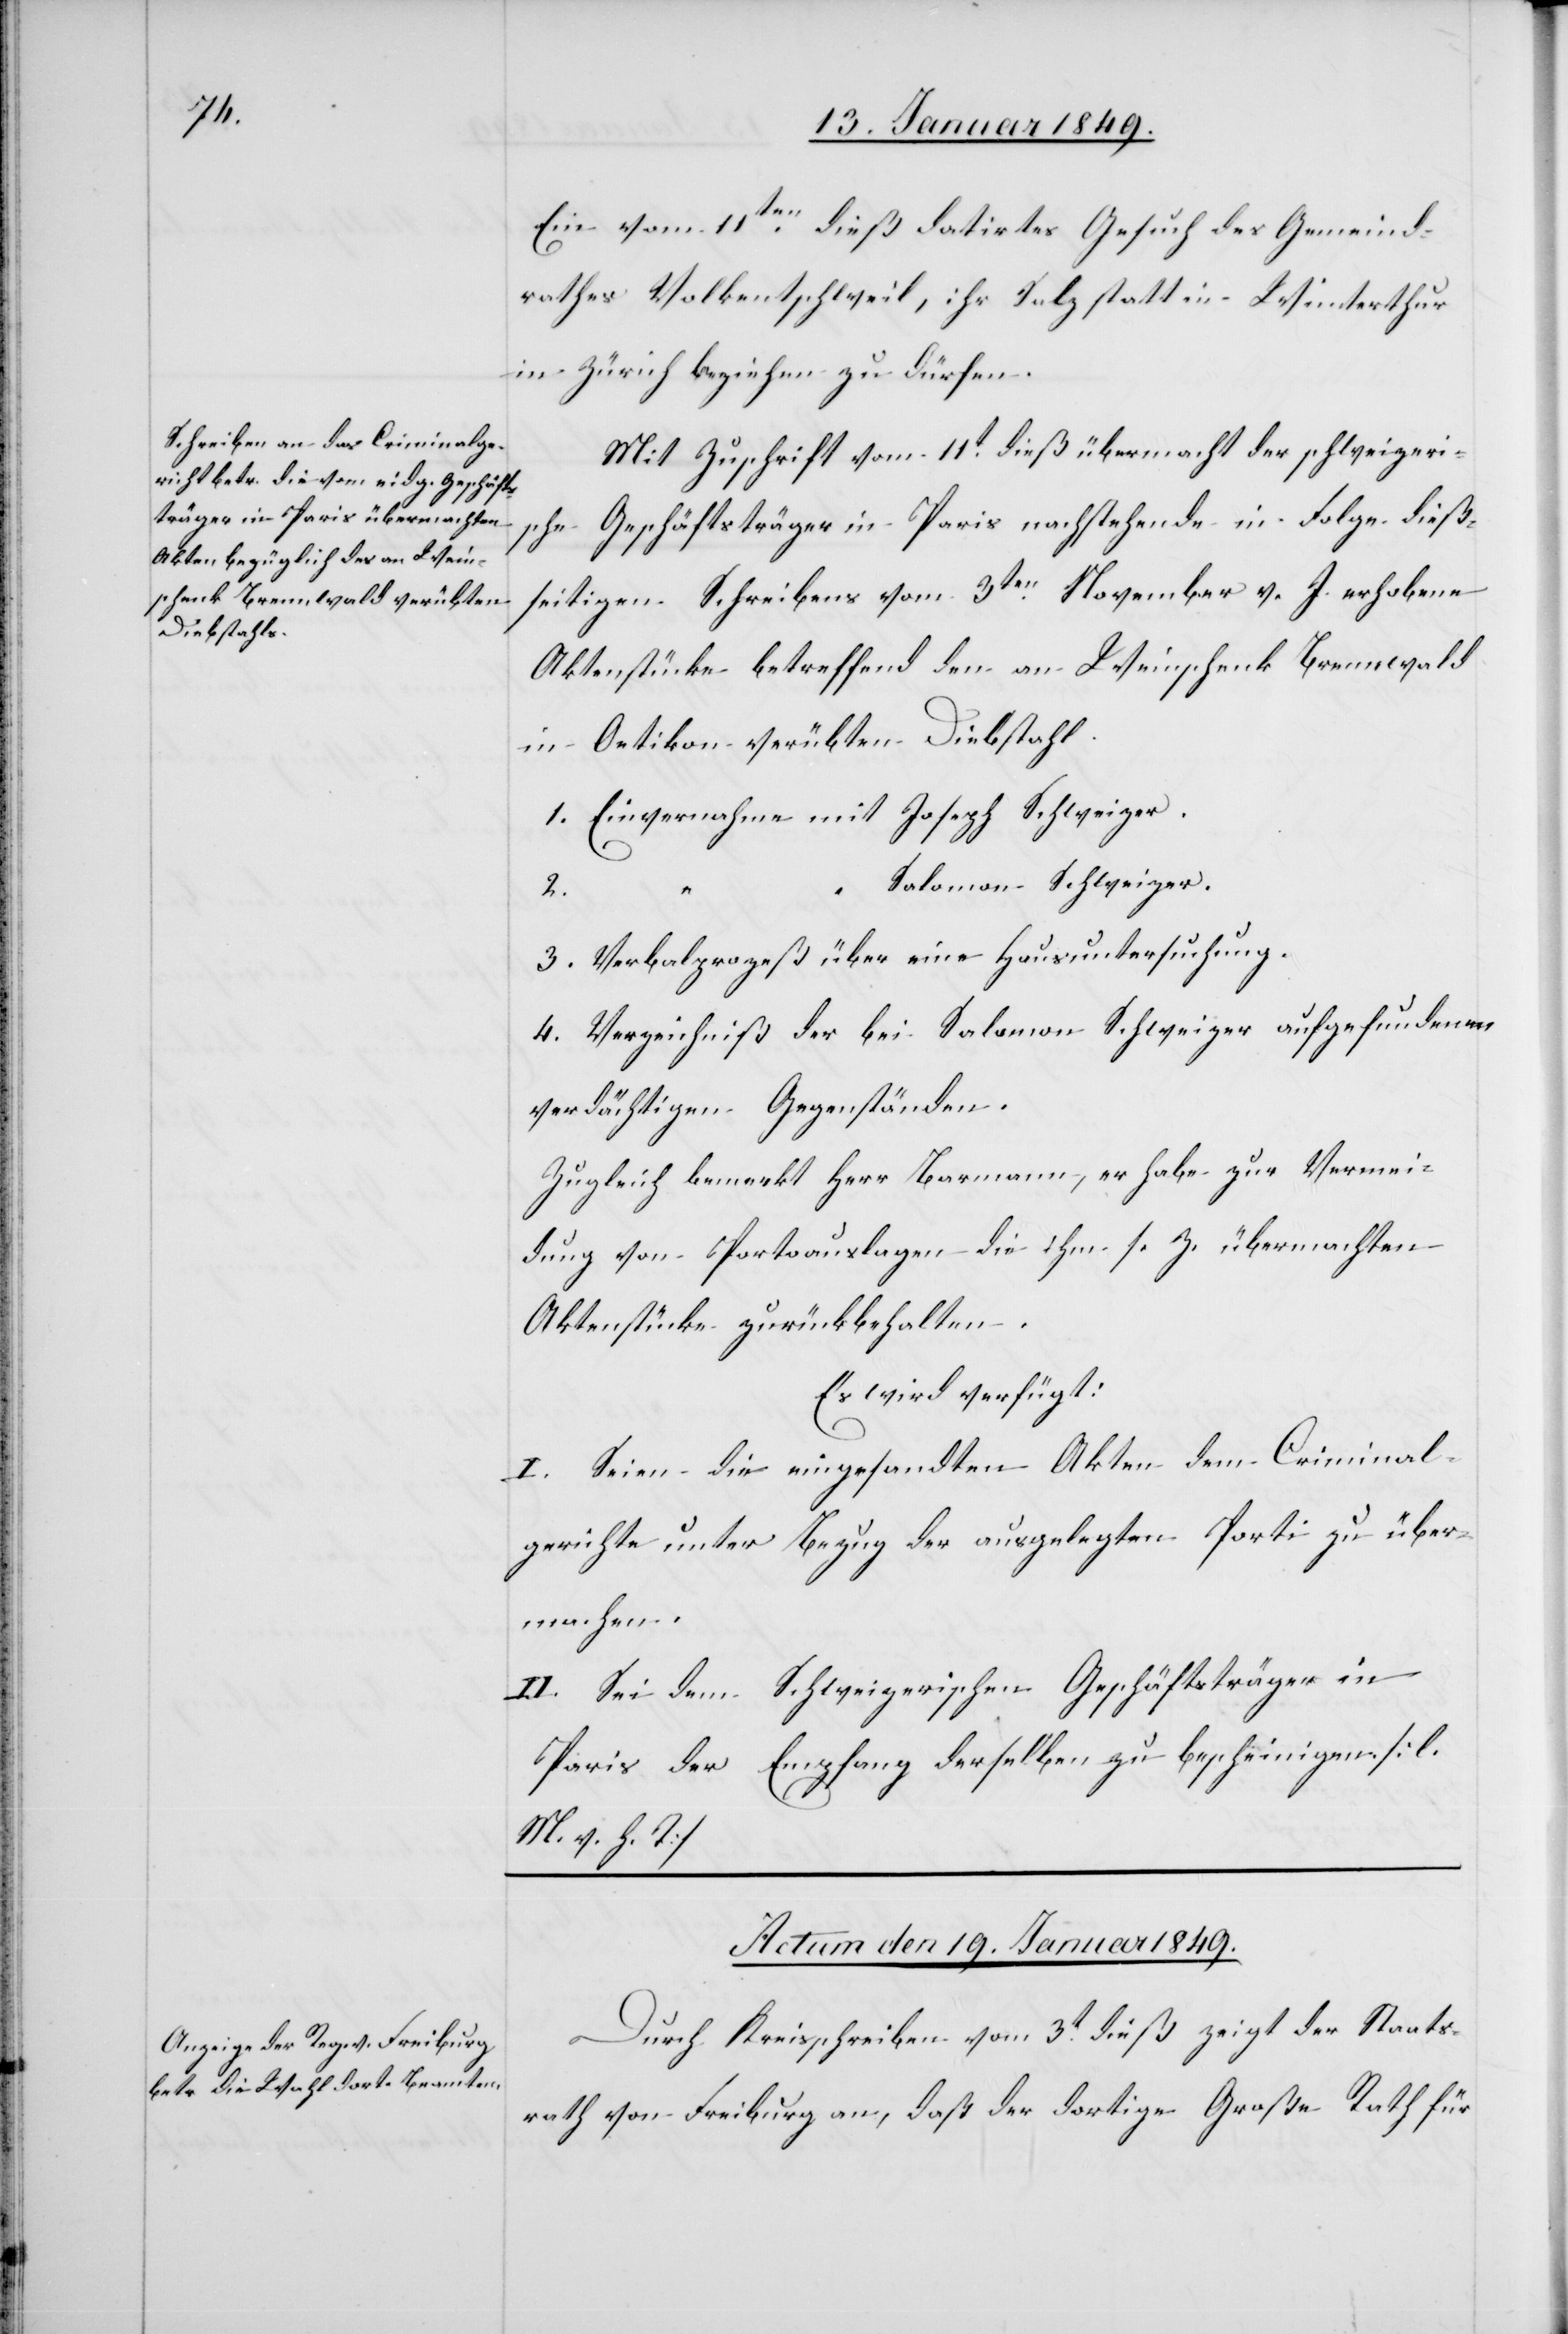
Ein vom 11ten. dieß datirtes Gesuch des Gemeind¬
rathes Volkentschweil, ihr Salz statt in Winterthur
in Zürich beziehen zu dürfen.
Mit Zuschrift vom 11t. dieß übermacht der schweizeri¬
sche Geschäftsträger in Paris nachstehende in Folge dieß¬
seitigen Schreibens vom 3ten. November v. J. erhobene
Aktenstücke betreffend den an Weinschenk Brennwald
in Oetikon verübten Diebstahl.
1. Einvernahme mit Jospeh Schweizer.
“ Salomon Schweizer.
2.
3. Verbalprozeß über eine Hausuntersuchung.
4. Verzeichniß der bei Salomon Schweizer aufgefundenen
verdächtigen Gegenständen.
Zugleich bemerkt Herr Barmann, er habe zur Vermei¬
dung von Portoauslagen die ihm s. Z. übermachten
Aktenstücke zurückbehalten.
Es wird verfügt:
I. Seien die eingesandten Akten dem Criminal¬
gerichte unter Bezug der ausgelegten Porti zu über¬
machen.
II. Sei dem Schweizerischen Geschäftsträger in
Paris der Empfang derselben zu bescheinigen. [l.
M. v. h. T]
Actum den 19. Januar 1849.
Durch Kreisschreiben vom 3t. dieß zeigt der Staats¬
rath von Freiburg an, daß der dortige Große Rath für